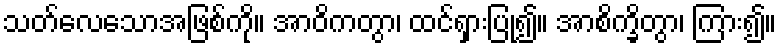
သတ်လေသောအဖြစ်ကို။ အာဝိကတွာ၊ ထင်ရှားပြု၍။ အာစိက္ခိတွာ၊ ကြား၍။